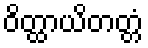
ဝိတ္ထာယိတတ္တံ